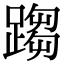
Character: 𨃘